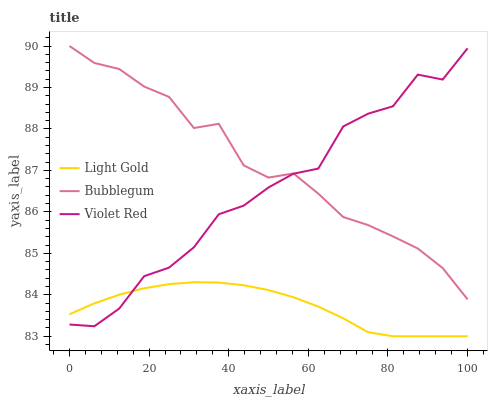
| xaxis_label | Light Gold | Bubblegum | Violet Red |
 | --- | --- | --- | --- |
 | 0 | 83.5 | 90 | 83.3 |
 | 6.25 | 83.8 | 89.6 | 83.2 |
 | 12.5 | 84 | 89.4 | 83.7 |
 | 18.8 | 84.2 | 89 | 84.4 |
 | 25 | 84.3 | 88.8 | 84.7 |
 | 31.2 | 84.3 | 88 | 85.1 |
 | 37.5 | 84.3 | 88.1 | 85.9 |
 | 43.8 | 84.2 | 87.1 | 86.1 |
 | 50 | 84.1 | 86.8 | 86.6 |
 | 56.2 | 83.9 | 86.9 | 86.9 |
 | 62.5 | 83.7 | 86.4 | 87 |
 | 68.8 | 83.4 | 85.9 | 88.1 |
 | 75 | 83.1 | 85.7 | 88.4 |
 | 81.2 | 83 | 85.4 | 88.5 |
 | 87.5 | 83 | 85.1 | 89.3 |
 | 93.8 | 83 | 84.6 | 89.2 |
 | 100 | 83 | 83.9 | 89.9 |